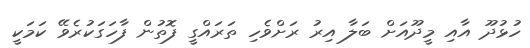
ހުޅުދޫ އާއި މީދޫއަށް ބަލާ އިރު ރަށްވެހި ތަރައްގީ ފޮތުން ފާހަގަކުރެވޭ ކަމަކީ